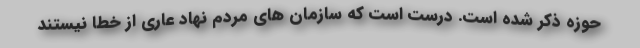
حوزه ذکر شده است. درست است که سازمان های مردم نهاد عاری از خطا نیستند